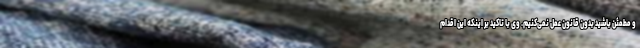
و مطمئن باشید بدون قانون عمل نمی‌کنیم. وی با تاکید بر اینکه این اقدام